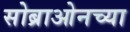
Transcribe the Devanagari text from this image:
सोब्राओनच्या